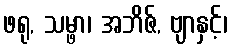
ဖရု, သမ္ဖာ၊ အဘိဇ်, ဗျာနှင့်၊